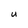
Character: U